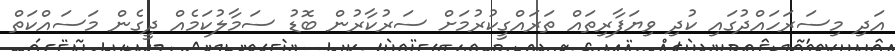
އަދި މިސަރަހައްދުގައި ކުދި ވިޔަފާރިތައް ތަރައްގީކުރުމަށް ސަރުކާރުން ބޮޑު ސަމާލުކަމެއް ދީގެން މަސައްކަތް